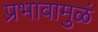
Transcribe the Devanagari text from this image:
प्रभावामुळं